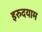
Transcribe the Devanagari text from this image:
इरुदयाम